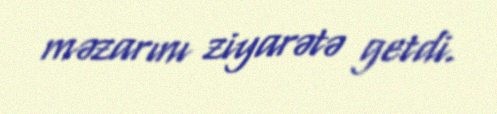
məzarını ziyarətə getdi.